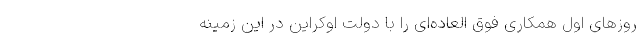
روزهای اول همکاری فوق‌ العاده‌ای را با دولت اوکراین در این زمینه